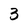
Character: 3